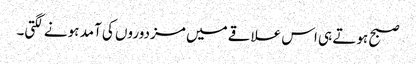
صبح ہوتے ہی اس علاقے میں مزدوروں کی آمد ہونے لگتی۔